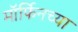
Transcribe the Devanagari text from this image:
मॉर्फिनच्या